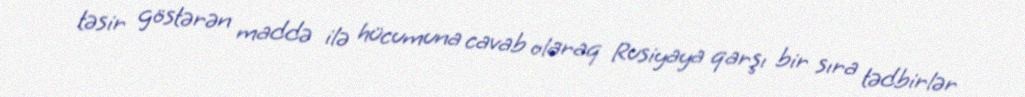
təsir göstərən maddə ilə hücumuna cavab olaraq Rusiyaya qarşı bir sıra tədbirlər